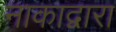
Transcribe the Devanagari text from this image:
नाकाद्वारा